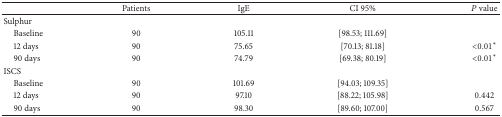
|  | Patients | IgE | CI 95% | P value |
 | --- | --- | --- | --- | --- |
 | Sulphur |  |  |  |  |
 | Baseline | 90 | 105.11 | [98.53; 111.69] |  |
 | 12 days | 90 | 75.65 | [70.13; 81.18] | <0.01* |
 | 90 days | 90 | 74.79 | [69.38; 80.19] | <0.01* |
 | ISCS |  |  |  |  |
 | Baseline | 90 | 101.69 | [94.03; 109.35] |  |
 | 12 days | 90 | 97.10 | [88.22; 105.98] | 0.442 |
 | 90 days | 90 | 98.30 | [89.60; 107.00] | 0.567 |